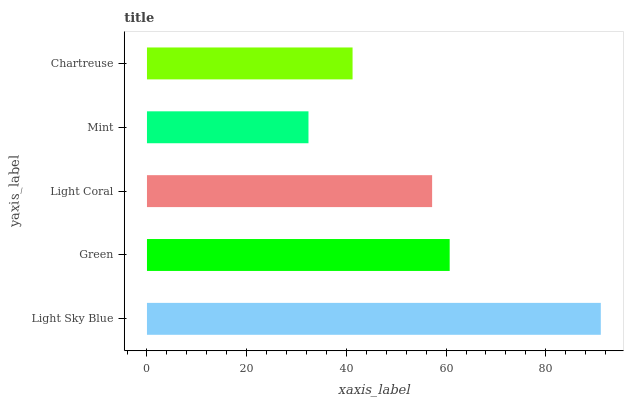
| yaxis_label | bars |
 | --- | --- |
 | Light Sky Blue | 91 |
 | Green | 60.7 |
 | Light Coral | 57.2 |
 | Mint | 32.4 |
 | Chartreuse | 41.2 |